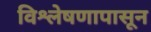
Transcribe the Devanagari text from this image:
विश्लेषणापासून